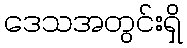
ဒေသအတွင်းရှိ